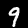
Digit: 9